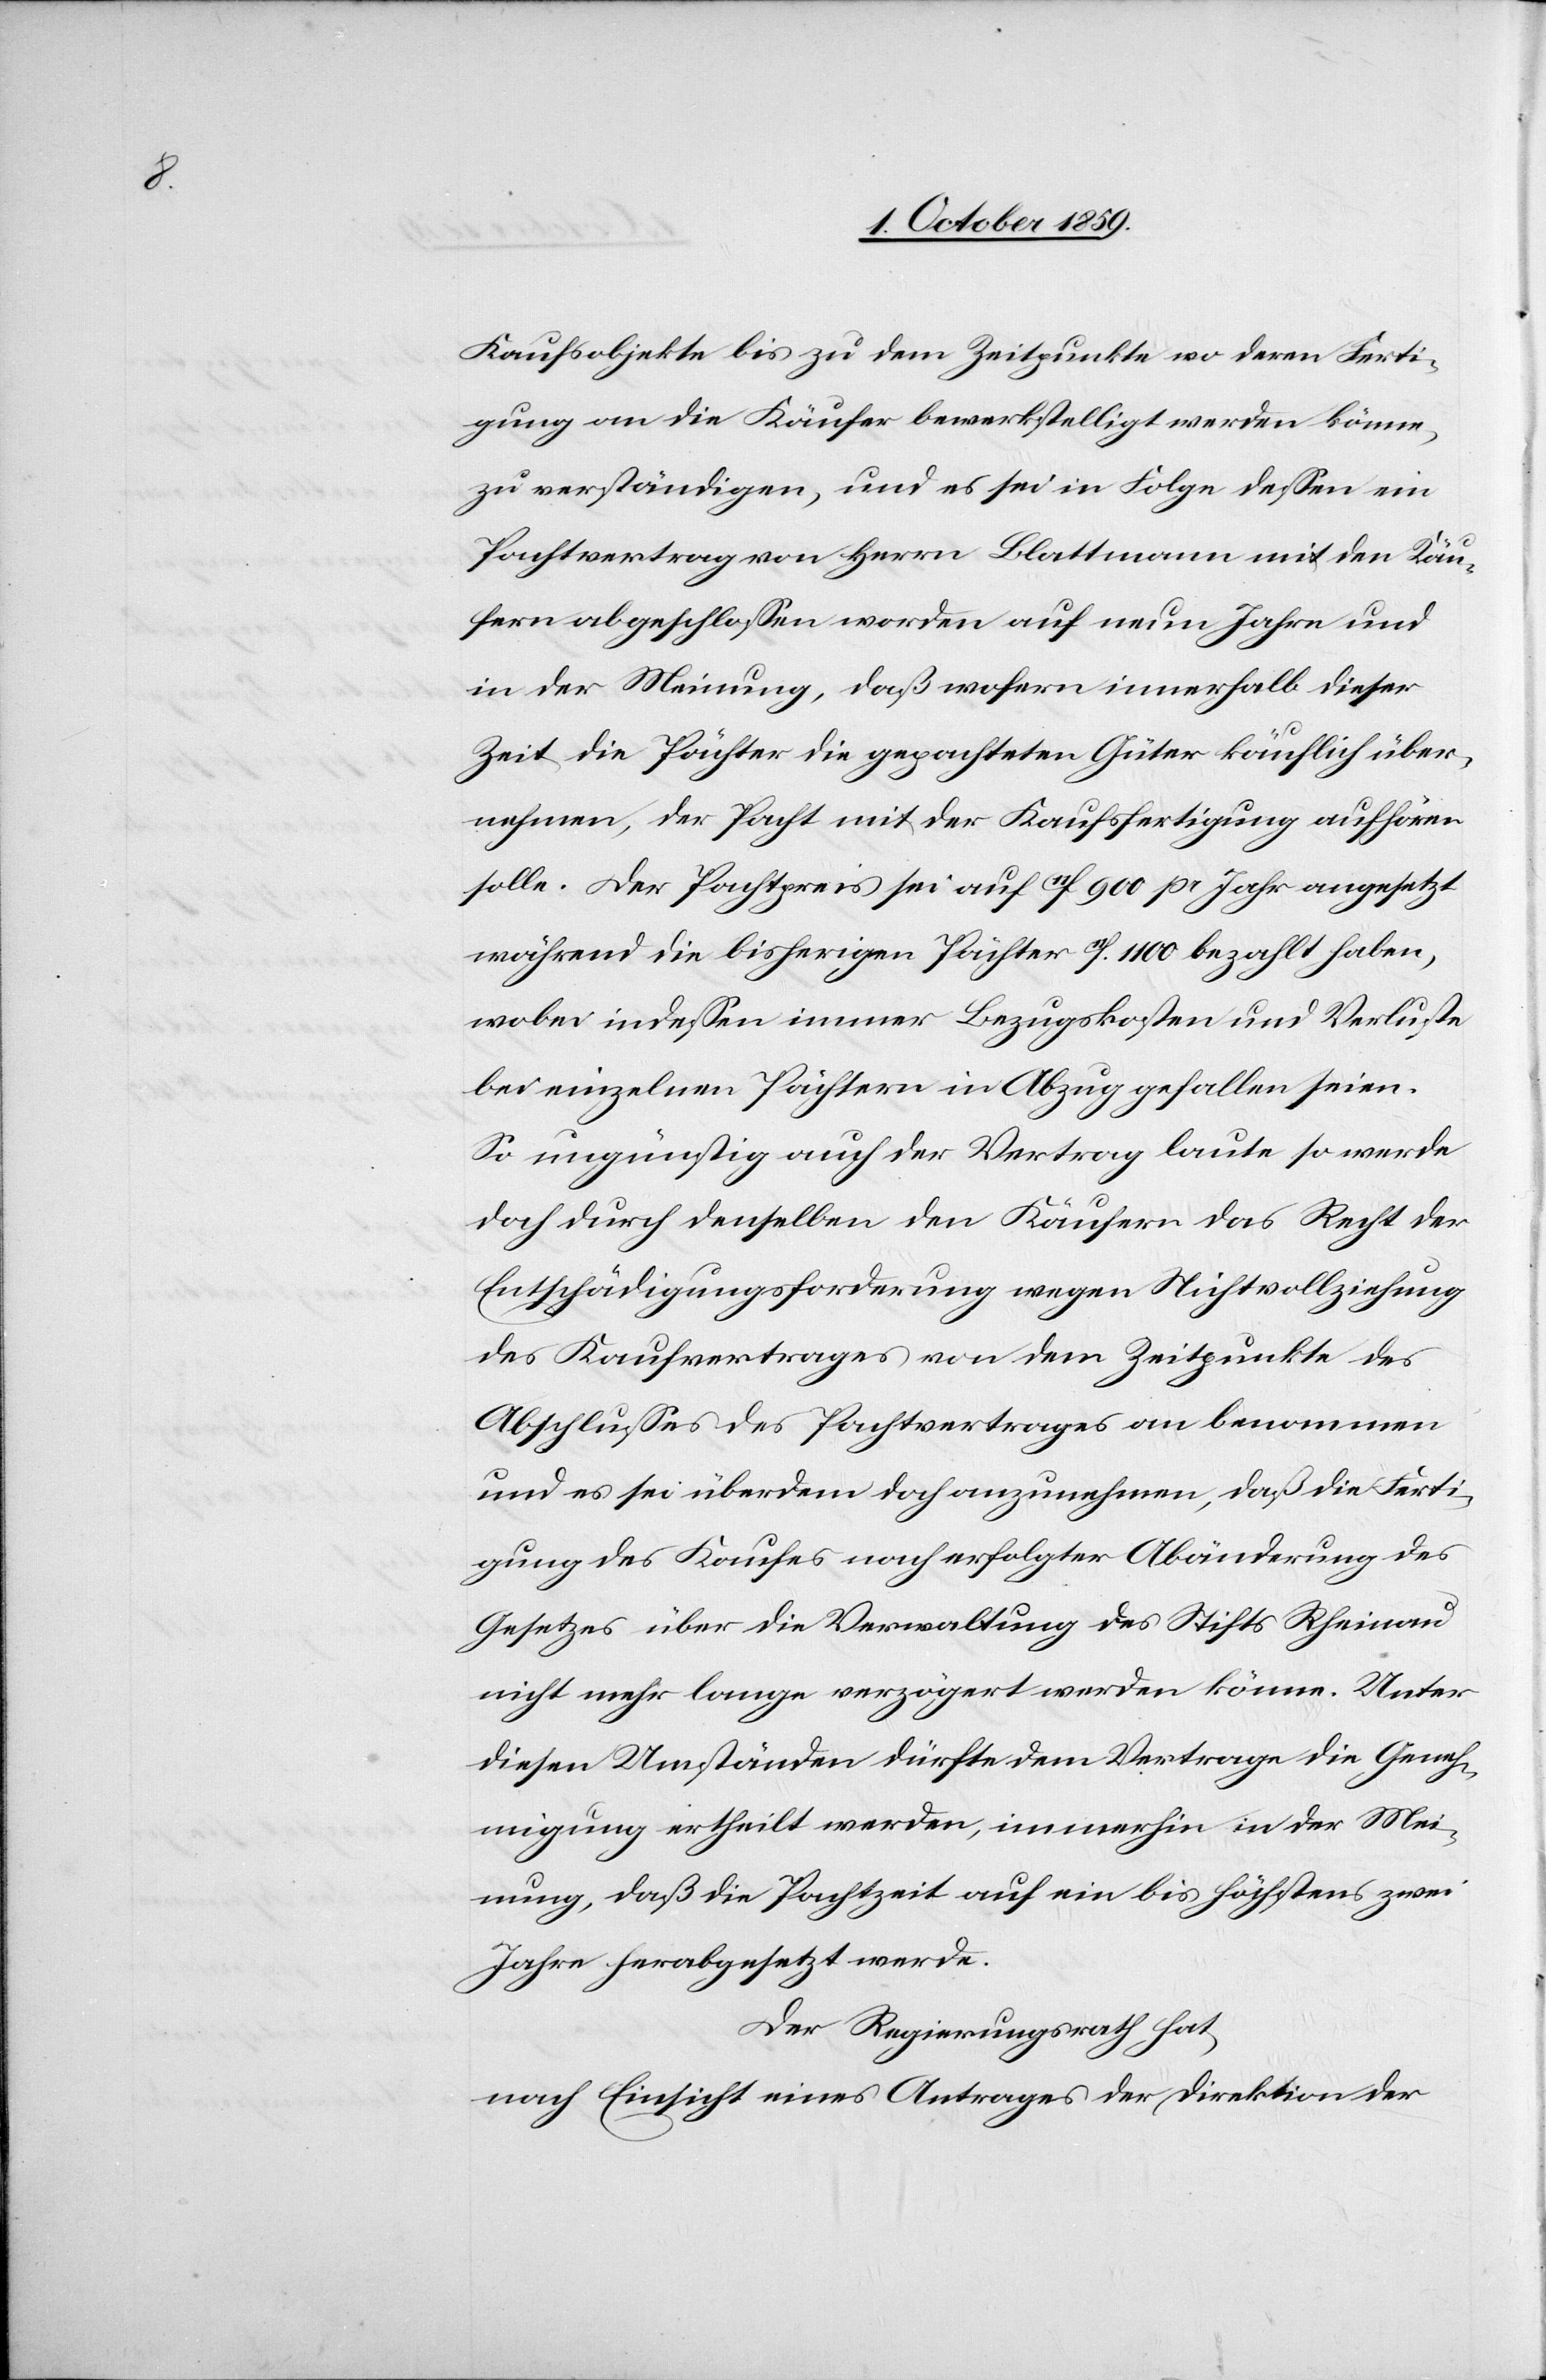
Kaufobjekte bis zu dem Zeitpunkte wo deren Ferti¬
gung an die Käufer bewerkstelligt werden könne,
zu verständigen, und es sei in Folge dessen ein
Pachtvertrag von Herrn Blattmann mit den Käu¬
fern abgeschlossen worden auf neun Jahre und
in der Meinung, daß sofern innerhalb dieser
Zeit die Pächter die gepachteten Güter käuflich über¬
nehmen, der Pacht mit der Kaufsfertigung aufhören
solle. Der Pachtpreis sei auf Frk. 900 pro Jahr angesetzt
während die Bisherigen Pächter Frk. 1100 bezahlt haben,
wobei indessen immer Bezugskosten und Verluste
bar einzelnen Pächtern in Abzug gefallen seien.
So ungünstig auch der Vertrag laute so werde
doch durch denselben den Käufern das Recht der
Entschädigungsforderung wegen Nichtvollziehung
des Kaufvertrages von dem Zeitpunkte des
Abschlusses des Pachtvertrages an benommen
und es sei überdem noch anzunehmen, daß die Ferti¬
gung des Kaufes nach erfolgter Abänderung des
Gesetzes über die Verwaltung des Stifts Rheinau
nicht mehr lange verzögert werden könne. Unter
diesen Umständen dürfte dem Vertrage die Geneh¬
migung ertheilt werden, immerhin in der Mei¬
nung, daß die Pachtzeit auf ein bis höchstens zwei
Jahre herabgesetzt werde.
Der Regierungsrath hat
nach Einsicht eines Antrages der Direktion der